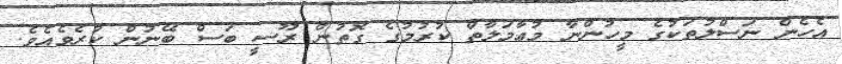
އެހެން ނަސްލުތަކުގެ މީހުންނާ މުޢާމަލާތް ކުރުމުގެ ގޮތުން ރޫސީ ބަސް ބޭނުން ކުރެވެއެވެ.